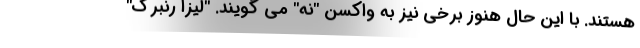
هستند. با این حال هنوز برخی نیز به واکسن "نه" می گویند. "لیزا رنبرگ"